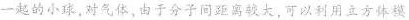
一起的小球，对气体，由于分子间距离较大，可以利用立方体模